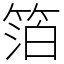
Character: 箔